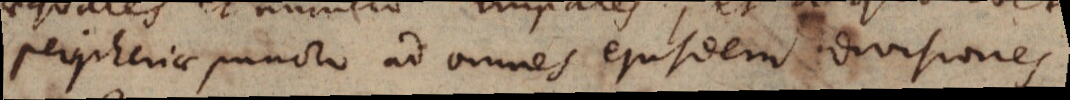
peripheriae puncto ad omnes ejusdem divisiones